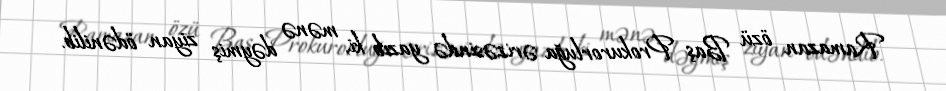
Ramazan özü Baş Prokurorluğa ərizəsində yazıb ki, mənə dəymiş ziyan ödənilib.